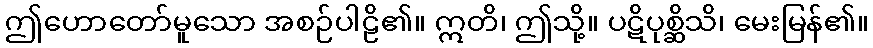
ဤဟောတော်မူသော အစဉ်ပါဠိ၏။ ဣတိ၊ ဤသို့။ ပဋိပုစ္ဆိသိ၊ မေးမြန်၏။